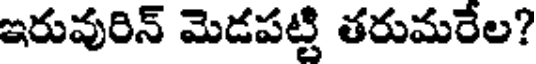
ఇరువురిన్ మెడపట్టి తరుమరేల?